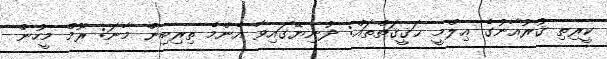
ކީރިތި ޤުރުއާނުގެ ޢިލްމީ ޙަޤީޤަތްތައް: ދުނިޔޭގައިވާ އެންމެ ތިރިބިން މާނަ: ރޫމް މީހުން